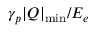
\gamma _ { p } \vert Q \vert _ { \mathrm { m i n } } / E _ { e }